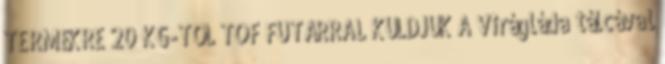
TERMÉKRE 20 KG-TŐL TOF FUTÁRRAL KÜLDJÜK A Virágláda tálcával